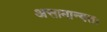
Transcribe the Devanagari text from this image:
असामान्यतः